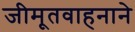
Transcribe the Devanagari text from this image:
जीमूतवाहनाने